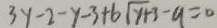
3 y - 2 - y - 3 + 6 \sqrt { y + 3 } - 9 = 0